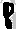
Text: 8